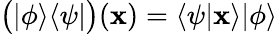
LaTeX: {\bigl(}|\phi\rangle\langle\psi|{\bigr)}(\mathbf{x})=\langle\psi|\mathbf{x}\rangle|\phi\rangle